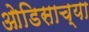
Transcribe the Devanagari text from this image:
ओडिसाच्या